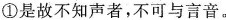
①是故不知声者，不可与言音。